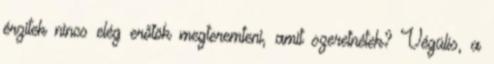
érzitek nincs elég erőtök megteremteni, amit szeretnétek? Végülis, a